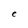
Character: e